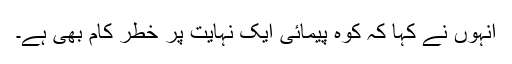
انہوں نے کہا کہ کوہ پیمائی ایک نہایت پر خطر کام بھی ہے۔